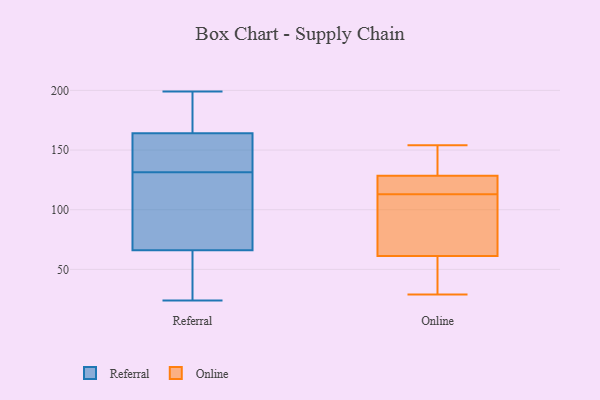
{"axis": {"x": "Customer Acquisition Cost (USD)", "y": "Value"}, "legend": ["Online", "Referral"], "data": [{"x": "", "y": 136, "type": "Referral"}, {"x": "", "y": 127, "type": "Referral"}, {"x": "", "y": 164, "type": "Referral"}, {"x": "", "y": 164, "type": "Referral"}, {"x": "", "y": 71, "type": "Referral"}, {"x": "", "y": 194, "type": "Referral"}, {"x": "", "y": 66, "type": "Referral"}, {"x": "", "y": 198, "type": "Referral"}, {"x": "", "y": 59, "type": "Referral"}, {"x": "", "y": 24, "type": "Referral"}, {"x": "", "y": 164, "type": "Referral"}, {"x": "", "y": 105, "type": "Referral"}, {"x": "", "y": 121, "type": "Referral"}, {"x": "", "y": 153, "type": "Referral"}, {"x": "", "y": 61, "type": "Referral"}, {"x": "", "y": 140, "type": "Referral"}, {"x": "", "y": 34, "type": "Referral"}, {"x": "", "y": 199, "type": "Referral"}, {"x": "", "y": 54, "type": "Online"}, {"x": "", "y": 113, "type": "Online"}, {"x": "", "y": 154, "type": "Online"}, {"x": "", "y": 123, "type": "Online"}, {"x": "", "y": 118, "type": "Online"}, {"x": "", "y": 63, "type": "Online"}, {"x": "", "y": 56, "type": "Online"}, {"x": "", "y": 145, "type": "Online"}, {"x": "", "y": 73, "type": "Online"}, {"x": "", "y": 29, "type": "Online"}, {"x": "", "y": 111, "type": "Online"}, {"x": "", "y": 146, "type": "Online"}, {"x": "", "y": 117, "type": "Online"}]}